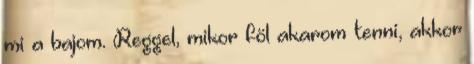
mi a bajom. Reggel, mikor föl akarom tenni, akkor